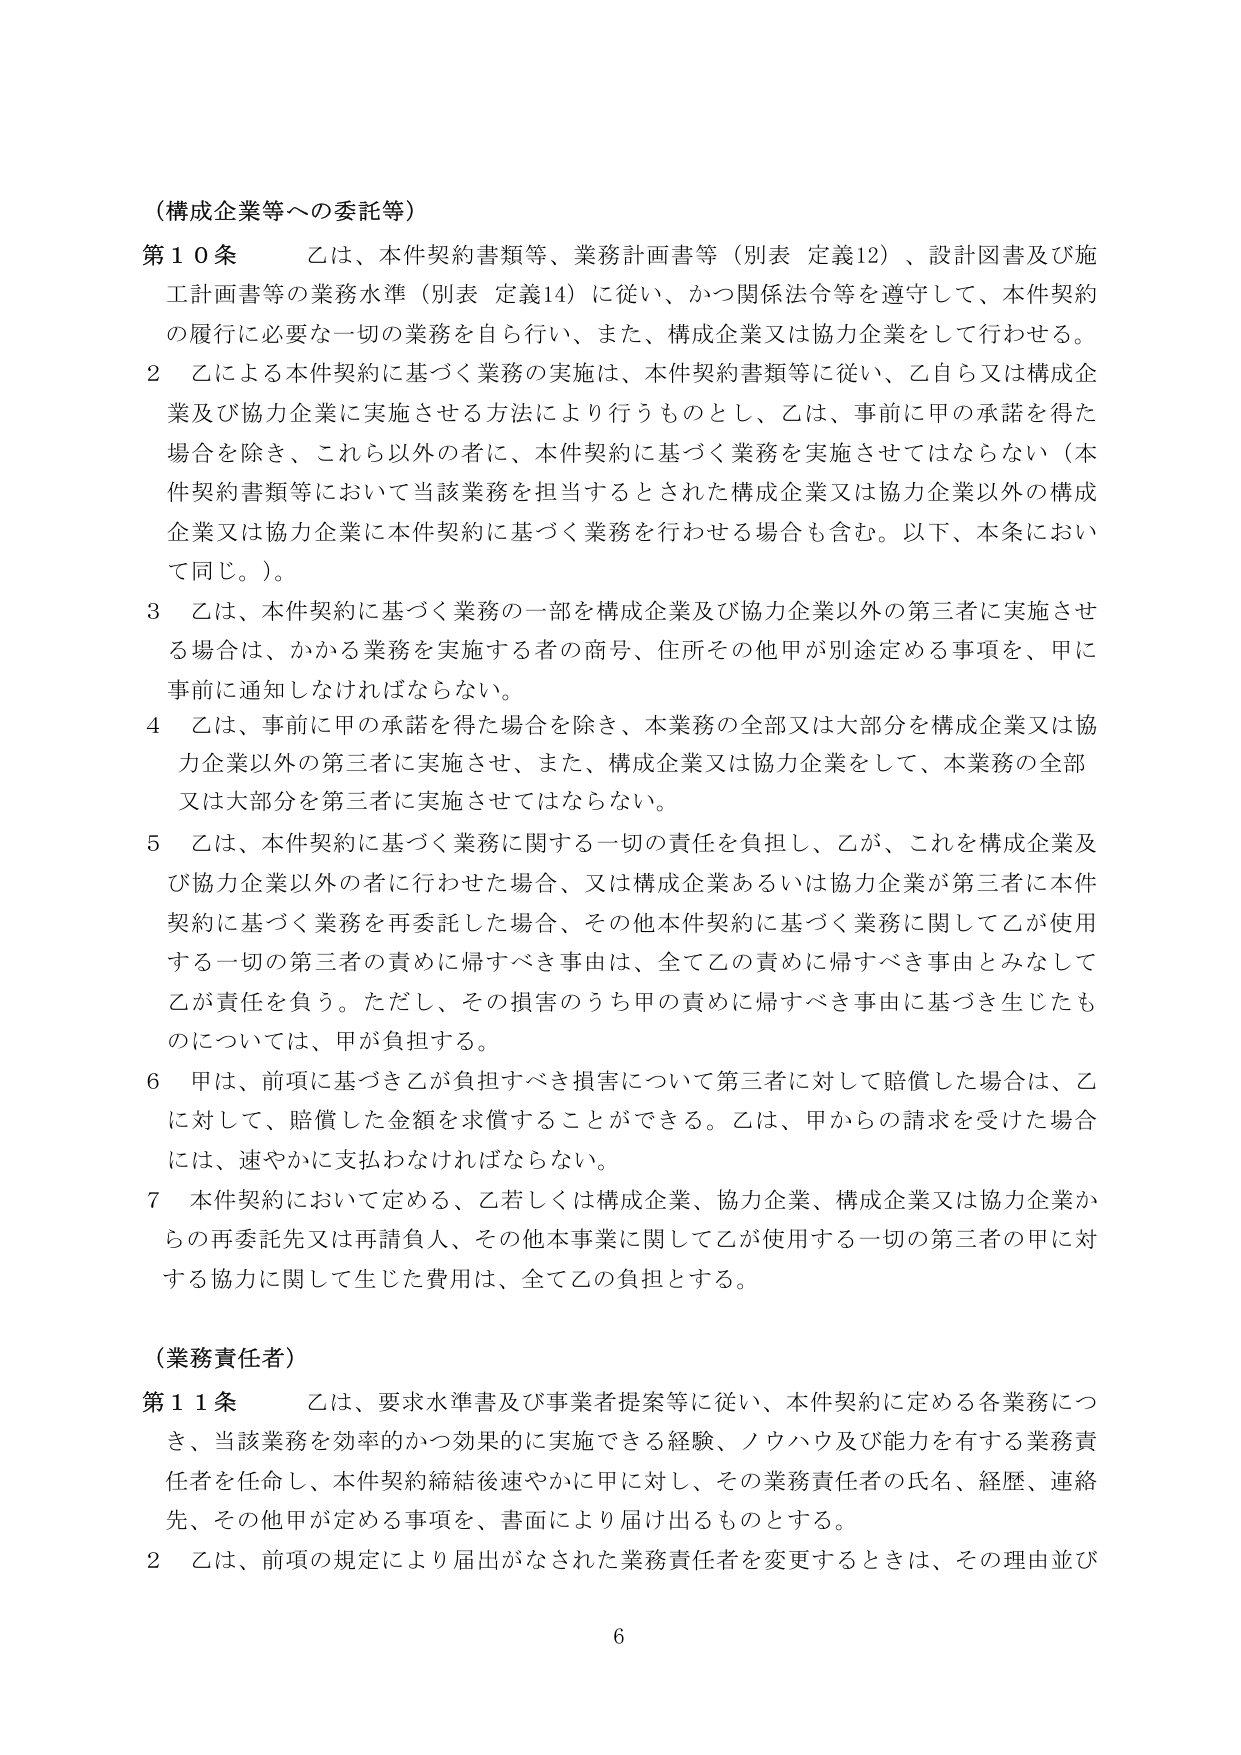
（構成企業等への委託等）

第１０条　乙は、本件契約書類等、業務計画書等（別表 定義12）、設計図書及び施工計画書等の業務水準（別表 定義14）に従い、かつ関係法令等を遵守して、本件契約の履行に必要な一切の業務を自ら行い、また、構成企業又は協力企業をして行わせる。

２　乙による本件契約に基づく業務の実施は、本件契約書類等に従い、乙自ら又は構成企業及び協力企業に実施させる方法により行うものとし、乙は、事前に甲の承諾を得た場合を除き、これら以外の者に、本件契約に基づく業務を実施させてはならない（本件契約書類等において当該業務を担当するとされた構成企業又は協力企業以外の構成企業又は協力企業に本件契約に基づく業務を行わせる場合も含む。以下、本条において同じ。）。

３　乙は、本件契約に基づく業務の一部を構成企業及び協力企業以外の第三者に実施させる場合は、かかる業務を実施する者の商号、住所その他甲が別途定める事項を、甲に事前に通知しなければならない。

４　乙は、事前に甲の承諾を得た場合を除き、本業務の全部又は大部分を構成企業又は協力企業以外の第三者に実施させ、また、構成企業又は協力企業をして、本業務の全部又は大部分を第三者に実施させてはならない。

５　乙は、本件契約に基づく業務に関する一切の責任を負担し、乙が、これを構成企業及び協力企業以外の者に行わせた場合、又は構成企業あるいは協力企業が第三者に本件契約に基づく業務を再委託した場合、その他本件契約に基づく業務に関して乙が使用する一切の第三者の責めに帰すべき事由は、全て乙の責めに帰すべき事由とみなして乙が責任を負う。ただし、その損害のうち甲の責めに帰すべき事由に基づき生じたものについては、甲が負担する。

６　甲は、前項に基づき乙が負担すべき損害について第三者に対して賠償した場合は、乙に対して、賠償した金額を求償することができる。乙は、甲からの請求を受けた場合には、速やかに支払わなければならない。

７　本件契約において定める、乙若しくは構成企業、協力企業、構成企業又は協力企業からの再委託先又は再請負人、その他本事業に関して乙が使用する一切の第三者の甲に対する協力に関して生じた費用は、全て乙の負担とする。

（業務責任者）

第１１条　乙は、要求水準書及び事業者提案等に従い、本件契約に定める各業務につき、当該業務を効率的かつ効果的に実施できる経験、ノウハウ及び能力を有する業務責任者を任命し、本件契約締結後速やかに甲に対し、その業務責任者の氏名、経歴、連絡先、その他甲が定める事項を、書面により届け出るものとする。

２　乙は、前項の規定により届出がなされた業務責任者を変更するときは、その理由並び

6